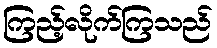
ကြည့်လိုက်ကြသည်